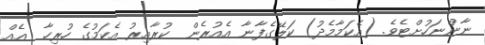
ނާންނަހުށްޓެވެ. (އެކަމާމެދު) ކަލޭގެފާނާ އެއުރެން  ކުރާއިރު އެކަމުގެ ހުރިހާ  އެއް